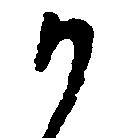
か